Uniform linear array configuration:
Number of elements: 64
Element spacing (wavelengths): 1
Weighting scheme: hamming
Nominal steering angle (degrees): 15
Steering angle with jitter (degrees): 14.07
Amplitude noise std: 0.05
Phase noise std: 0.05

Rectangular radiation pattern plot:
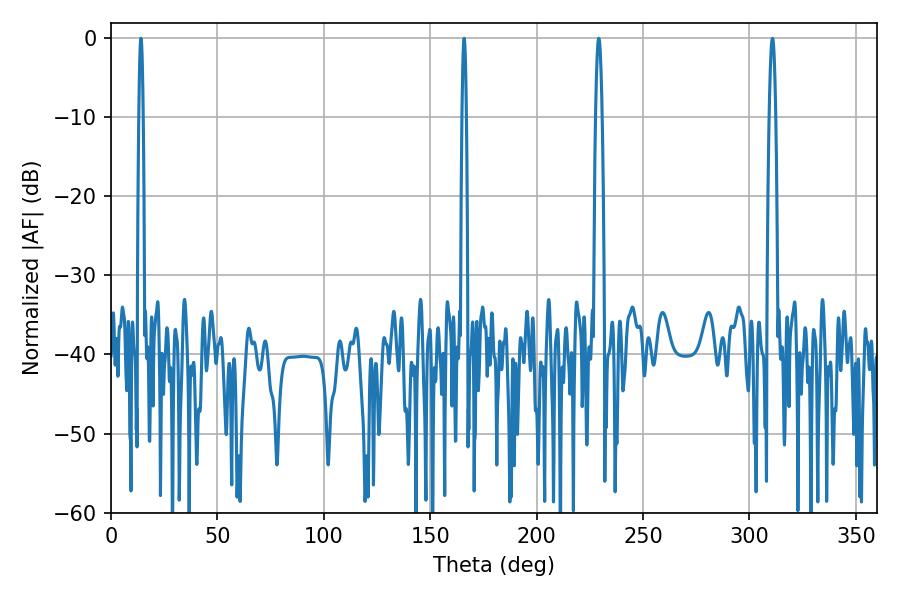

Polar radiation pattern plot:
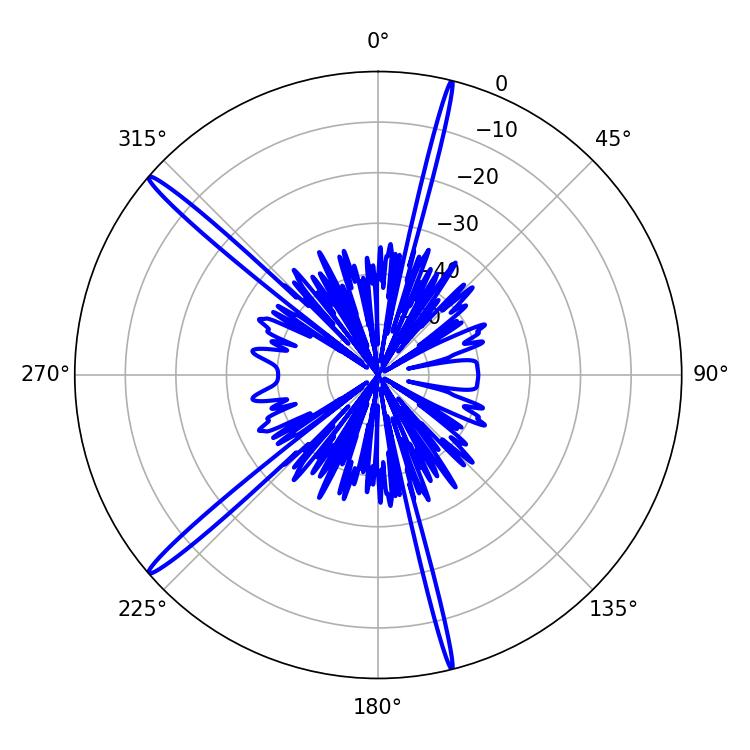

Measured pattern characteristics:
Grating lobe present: TRUE
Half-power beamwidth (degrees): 1.08
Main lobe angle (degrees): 14.04